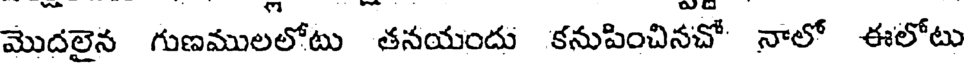
మొదలైన గుణములలోటు తనయందు కనుపించినచో నాలో ఈలోటు